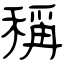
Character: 稱